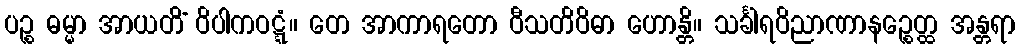
ပဉ္စ ဓမ္မာ အာယတိံ ဝိပါကဝဋ္ဋံ။ တေ အာကာရတော ဝီသတိဝိဓာ ဟောန္တိ။ သင်္ခါရဝိညာဏာနဉ္စေတ္ထ အန္တရာ